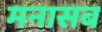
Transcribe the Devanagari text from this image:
मनासब